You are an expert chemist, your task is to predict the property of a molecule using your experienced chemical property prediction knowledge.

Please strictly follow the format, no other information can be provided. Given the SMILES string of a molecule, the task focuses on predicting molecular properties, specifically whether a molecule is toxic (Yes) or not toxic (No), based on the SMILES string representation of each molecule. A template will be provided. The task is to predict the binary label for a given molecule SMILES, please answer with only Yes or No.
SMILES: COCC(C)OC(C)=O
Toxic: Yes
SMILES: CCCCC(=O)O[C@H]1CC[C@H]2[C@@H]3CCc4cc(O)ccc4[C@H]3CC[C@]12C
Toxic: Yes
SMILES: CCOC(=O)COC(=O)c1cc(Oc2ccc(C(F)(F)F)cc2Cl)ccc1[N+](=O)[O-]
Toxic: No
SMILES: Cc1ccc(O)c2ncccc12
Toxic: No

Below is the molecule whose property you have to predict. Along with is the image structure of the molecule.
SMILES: CC(=O)CC(C)(C)O
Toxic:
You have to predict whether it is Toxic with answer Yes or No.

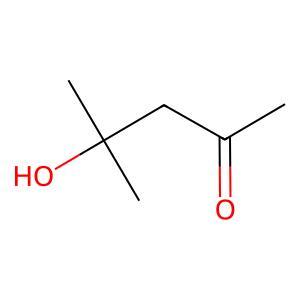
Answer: No